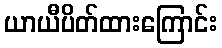
ယာယီပိတ်ထားကြောင်း